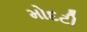
મોદટી